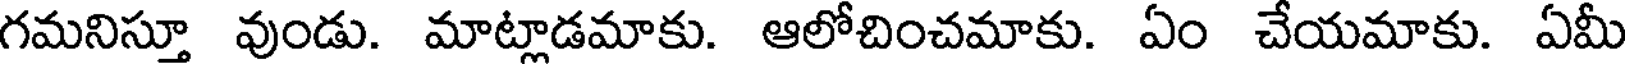
గమనిస్తూ వుండు. మాట్లాడమాకు. ఆలోచించమాకు. ఏం చేయమాకు. ఏమీ